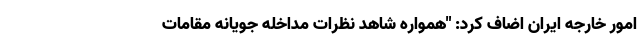
امور خارجه ایران اضاف کرد: "همواره شاهد نظرات مداخله جویانه مقامات